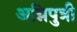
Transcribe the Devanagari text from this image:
अग्निपुत्री